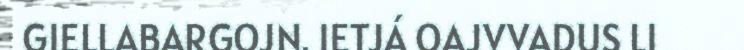
GIELLABARGOJN. IETJÁ OAJVVADUS LI